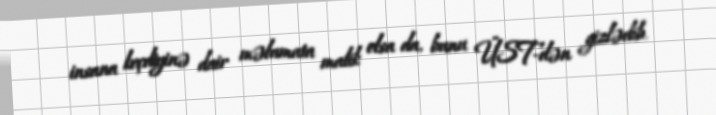
insana keçdiyinə dair məlumata malik olsa da, bunu ÜST-dən gizlədib.